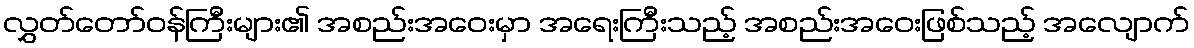
လွှတ်တော်ဝန်ကြီးများ၏ အစည်းအဝေးမှာ အရေးကြီးသည့် အစည်းအဝေးဖြစ်သည့် အလျောက်